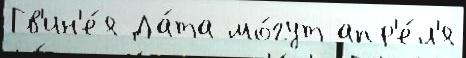
Гв'ин'е́я Да́та мо́гут апр'е́л'я